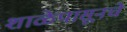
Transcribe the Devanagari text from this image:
शाळेपासूनचे